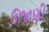
ઊજાણી